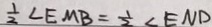
\frac { 1 } { 2 } \angle E M B = \frac { 1 } { 2 } \angle E N D